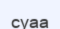
суаа